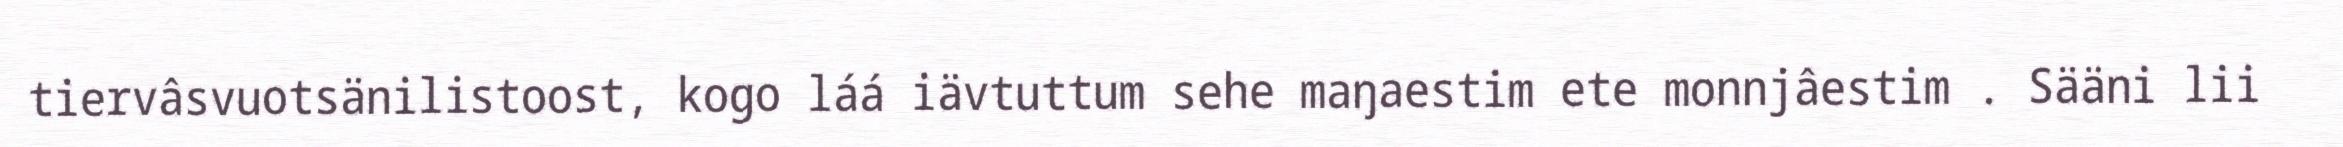
tiervâsvuotsänilistoost, kogo láá iävtuttum sehe maŋaestim ete monnjâestim . Sääni lii